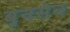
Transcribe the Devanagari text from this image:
बुनसेन